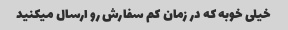
خیلی خوبه که در زمان کم سفارش رو ارسال میکنید